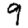
Digit: 9